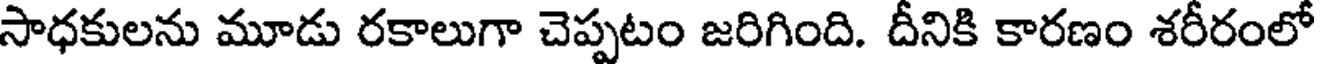
సాధకులను మూడు రకాలుగా చెప్పటం జరిగింది. దీనికి కారణం శరీరంలో